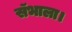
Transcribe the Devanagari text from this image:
सॅभाला।